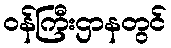
ဝန်ကြီးဌာနတွင်